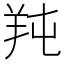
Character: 𦍣